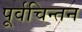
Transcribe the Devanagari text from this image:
पूर्वचिन्तन